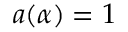
a ( \alpha ) = 1